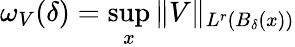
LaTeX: \omega_{V}(\delta)=\operatorname*{sup}_{x}\| V\| _{L^{r}(B_{\delta}(x))}